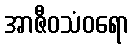
အာဇီဝသံဝရော